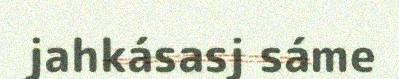
jahkásasj sáme